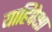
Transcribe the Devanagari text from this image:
याहिपेक्षा